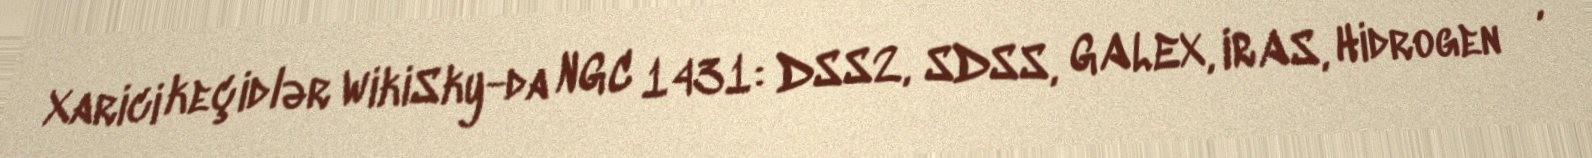
Xarici keçidlər WikiSky-da NGC 1431: DSS2, SDSS, GALEX, IRAS, Hidrogen α,